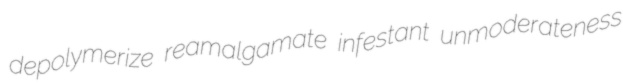
depolymerize reamalgamate infestant unmoderateness